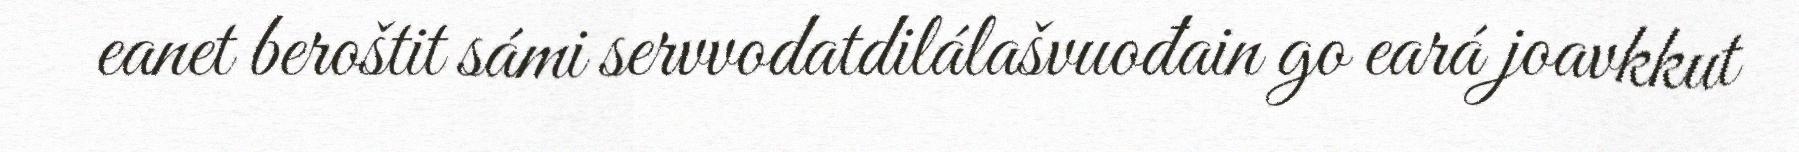
eanet beroštit sámi servvodatdilálašvuođain go eará joavkkut